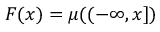
F ( x ) = \mu ( ( - \infty , x ] )